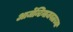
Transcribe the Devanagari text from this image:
आर्जेन्टिनाजवळच्या